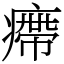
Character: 㿃